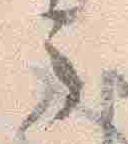
云